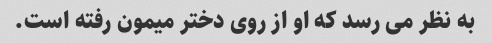
به نظر می رسد که او از روی دختر میمون رفته است.